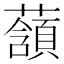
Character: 𧂃